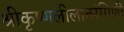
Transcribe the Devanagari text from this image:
श्रीकृष्णलीलातरंगिणी